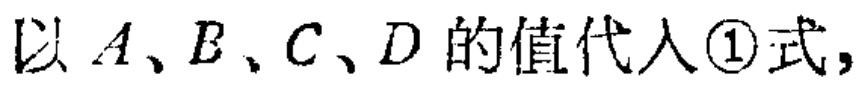
以 \(A、B、C、D\) 的值代入\textcircled{1}式，